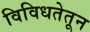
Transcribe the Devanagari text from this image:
विविधतेतून